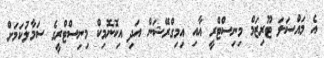
އެ މައްސަލަ ޓޫރިޒަމް މިނިސްޓްރީ އާއި އިމިގްރޭޝަން އަދި އިކޮނޮމިކް މިނިސްޓްރީގެ ސަމާލުކަމަށް